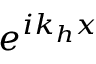
e ^ { i k _ { h } x }